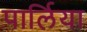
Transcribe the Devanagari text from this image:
पार्लिया